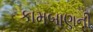
કામબાણની